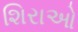
શિરાઓ